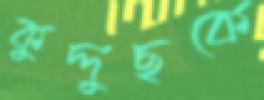
কুদ্দুছকে